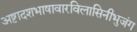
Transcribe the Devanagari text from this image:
अष्टादशभाषावारविलासिनीभुजंग